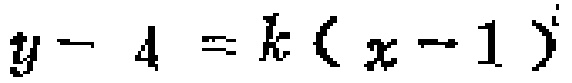
$y - 4 = k(x - 1)$